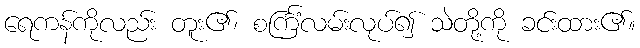
ရေကန်ကိုလည်း တူး၏၊ စင်္ကြံလမ်းလုပ်၍ သဲတို့ကို ခင်းထား၏။